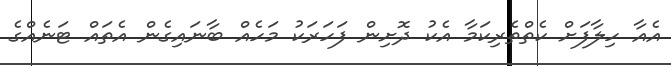
އެއާ ހިލާފަށް ކެތްތެރިކަމާ އެކު ދޮށިން ފަހަރަކު މަހެއް ބާނައިގެން އެތައް ޓަނެއްގެ